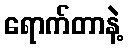
ရောက်တာနဲ့